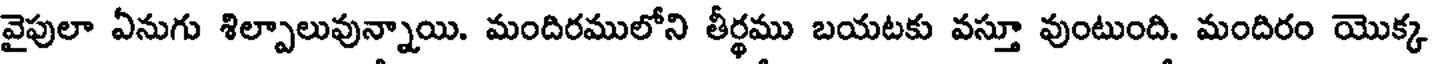
వైపులా ఏనుగు శిల్పాలువున్నాయి. మందిరములోని తీర్థము బయటకు వస్తూ వుంటుంది. మందిరం యొక్క